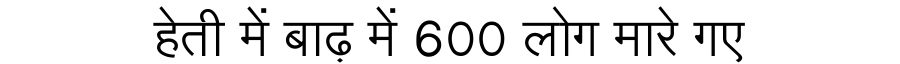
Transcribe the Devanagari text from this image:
हेती में बाढ़ में 600 लोग मारे गए